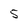
Character: 5